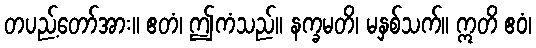
တပည့်တော်အား။ ဧတံ၊ ဤကံသည်။ နက္ခမတိ၊ မနှစ်သက်။ ဣတိ ဧဝံ၊